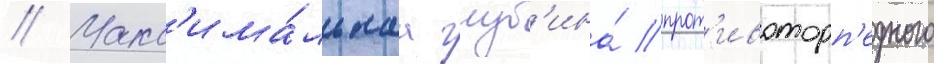
// Макс'има́льнаа глуб'ина́ прот'ивоторп'едного